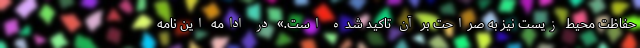
حفاظت محیط زیست نیز به صراحت بر آن تاکید شده است.» در ادامه این نامه